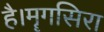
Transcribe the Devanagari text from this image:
है।मॄगसिरा